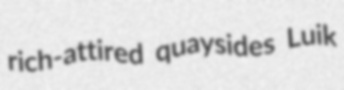
rich-attired quaysides Luik